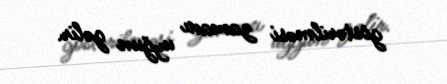
göstərilməsi zamanı uyğun gəlir.